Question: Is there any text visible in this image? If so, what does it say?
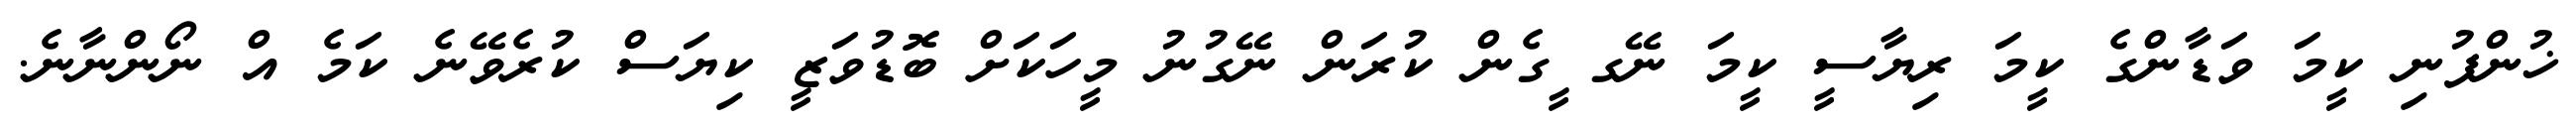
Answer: ޚުންފުނި ކީމަ ވަޑާންގެ ކީމަ ރިޔާސީ ކީމަ ނޭގ ީގެން ކުރަން ނޭގުނު މީހަކަށް ބޮޑުވަޒީ ކިޔަސް ކުރެވޭނެ ކަމެ އް ނޯންނާނެ.